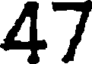
47